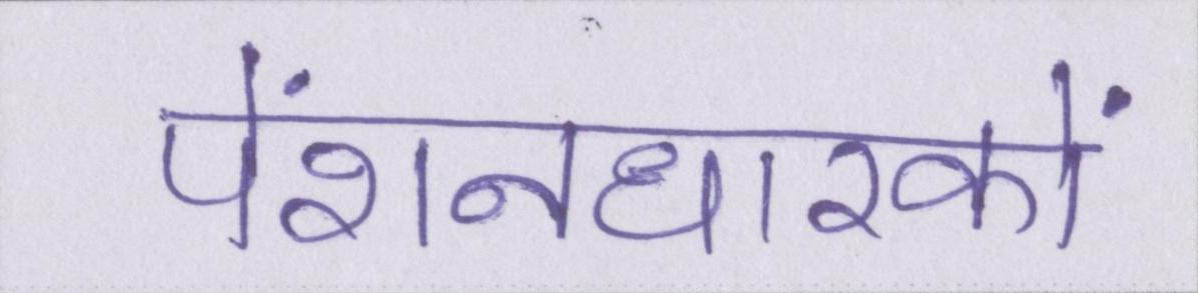
पेंशनधारकों